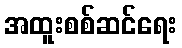
အထူးစစ်ဆင်ရေး